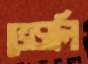
ভেড়ালি